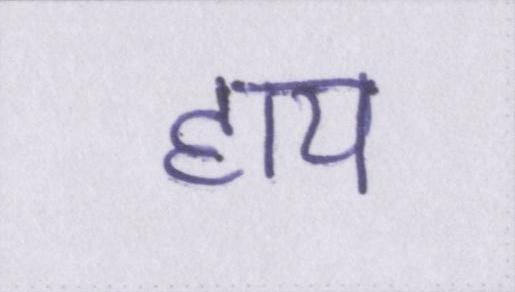
हाय